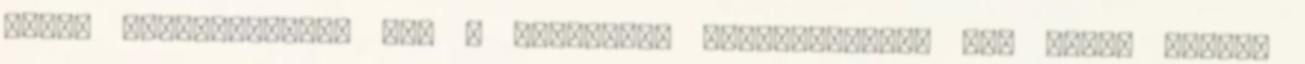
immár megalakulóban van a település gyermekkórusa is. Ehhez persze